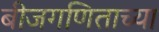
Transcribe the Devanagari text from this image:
बीजगणिताच्या